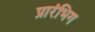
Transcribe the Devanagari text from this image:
प्रारंभिग